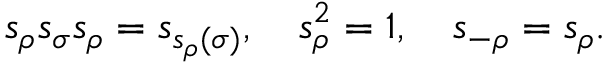
{ s } _ { \rho } { s } _ { \sigma } { s } _ { \rho } = { s } _ { s _ { \rho } ( \sigma ) } , \quad { s } _ { \rho } ^ { 2 } = 1 , \quad { s } _ { - \rho } = { s } _ { \rho } .